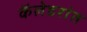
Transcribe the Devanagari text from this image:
कॅलेडरांत